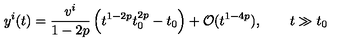
y ^ { i } ( t ) = \frac { v ^ { i } } { 1 - 2 p } \left( t ^ { 1 - 2 p } t _ { 0 } ^ { 2 p } - t _ { 0 } \right) + { \cal O } ( t ^ { 1 - 4 p } ) , \qquad t \gg t _ { 0 }